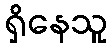
ရှိနေသူ